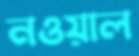
নওয়াল